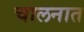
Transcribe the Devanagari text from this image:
चालनात